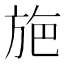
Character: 𭤸